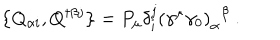
\left\{ Q _ { \alpha i } , Q ^ { \dagger \beta j } \right\} = P _ { \mu } \delta _ { i } ^ { j } \left( \gamma ^ { \mu } \gamma _ { 0 } \right) _ { \alpha } { } ^ { \beta } \ .